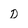
Character: D